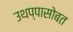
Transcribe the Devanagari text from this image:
उथप्पासोबत